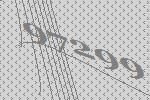
97299